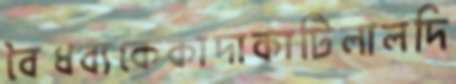
বৈধব্যকেকাদাকাটিলালদি